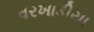
વરખાડીયા